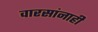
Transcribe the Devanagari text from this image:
वारसांनाही